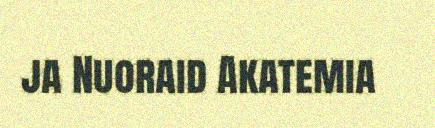
ja Nuoraid Akatemia